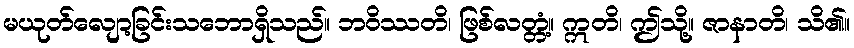
မယုတ်လျော့ခြင်းသဘောရှိသည်။ ဘဝိဿတိ၊ ဖြစ်လတ္တံ့။ ဣတိ၊ ဤသို့။ ဇာနာတိ၊ သိ၏။